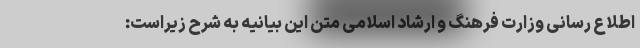
اطلاع رسانی وزارت فرهنگ و ارشاد اسلامی متن این بیانیه به شرح زیراست: